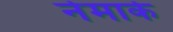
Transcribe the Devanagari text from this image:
नेमार्क